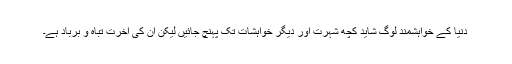
دنیا کے خواہشمند لوگ شاید کچھ شہرت اور دیگر خواہشات تک پہنچ جائیں لیکن ان کی آخرت تباہ و برباد ہے۔